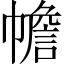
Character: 幨